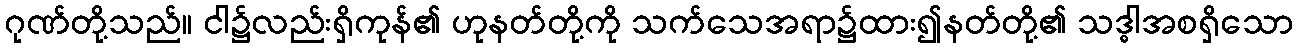
ဂုဏ်တို့သည်။ ငါ၌လည်းရှိကုန်၏ ဟုနတ်တို့ကို သက်သေအရာ၌ထား၍နတ်တို့၏ သဒ္ဓါအစရှိသော